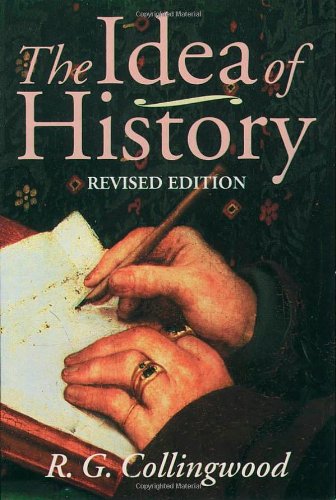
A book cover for The Idea of History; R. G. Collingwood; Business & Money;